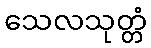
သေလသုတ္တံ